Annual report of the Madras Medical College
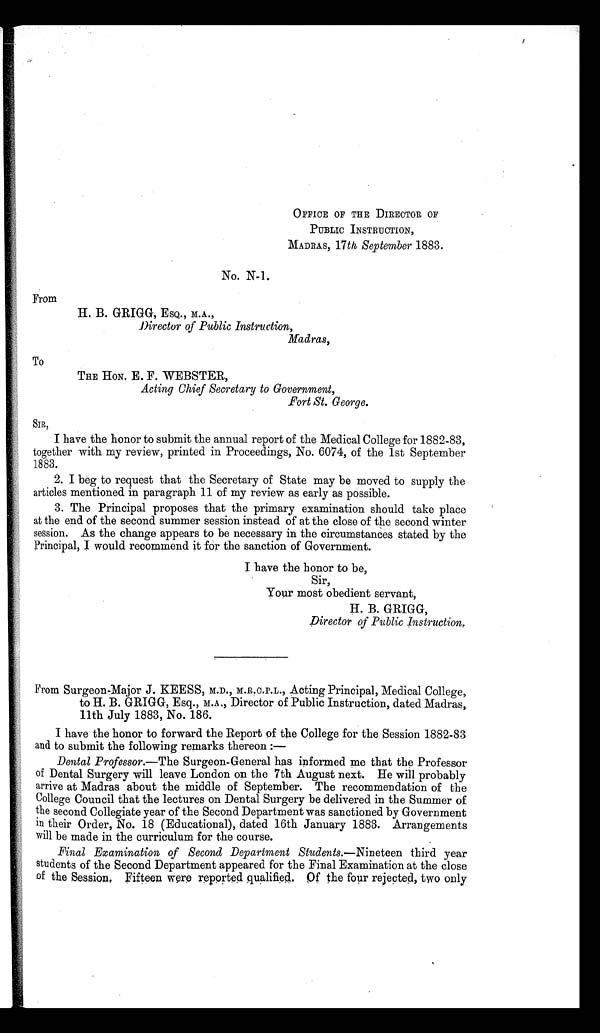
From
To
OFFICE OF THE DIRECTOR OF
PUBLIC INSTRUCTION.
MADRAS, 17th September 1883.
No. N-1.
H. B. GRIGG. ESQ. M.A..
Director of Public Instruction,
Madras
THE HON. E. F. WEBSTER.
Acting Chief Secretary to Government,
Fort St. George.
I have the honor to submit the annual report of the Medical College for 1882-83,
together with my review, printed in Proceedings, No. 6074, of the 1st September
1883.
2. I beg to request that the Secretary of State may be moved to supply the
articles mentioned in paragraph 11 of my review as early as possible.
3. The Principal proposes that the primary examination should take place
at the end of the second summer session instead of at the close of the second winter
session. As the change appears to be necessary in the circumstances stated by the
Principal, I would recommend it for the sanction of Government.
I have the honor to be,
Sir.
Your most obedient servant,
H. B. GRIGG.
Director .of Public Instruction,
F r o m F r o m r F r o m S u r g e o n - M a j o r J . K E E S S , M . D . , M . R . C . P . L . , A c t i n g P r i n c i p a l , M e d i c a l C o l l e g e ,
t o H . B . t o t o H . B . G R I G G , E s q . , M. A . , D i r e c t o r o f P u b l i c I n s t r u c t i o n , d a t e d Ma d r a s ,
11th July 1883, No. 186.
I have the honor to forward the Report of the College for the Session 1882-83
and to submit the following remarks thereon :-
Dental Professor.—The Surgeon-General has informed me that the Professor
of Dental Surgery will leave London on the 7th August next. He will probably
arrive at Madras about the middle of September. The recommendation of the
College Council that the lectures on Dental Surgery be delivered in the Summer of
the second Collegiate year of the Second Department was sanctioned by Government
in their Order, No. 18 (Educational), dated 16th January 1883. Arrangements
will be made in the curriculum for the course.
Final Examination of Second Department Students.—Nineteen third year
students of the Second Department appeared for the Final Examination at the close
of the Session. Fifteen were reported qualified. Of the four rejected, two only